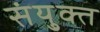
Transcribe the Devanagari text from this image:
संयु्क्त